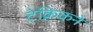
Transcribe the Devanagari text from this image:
टेक्निकने